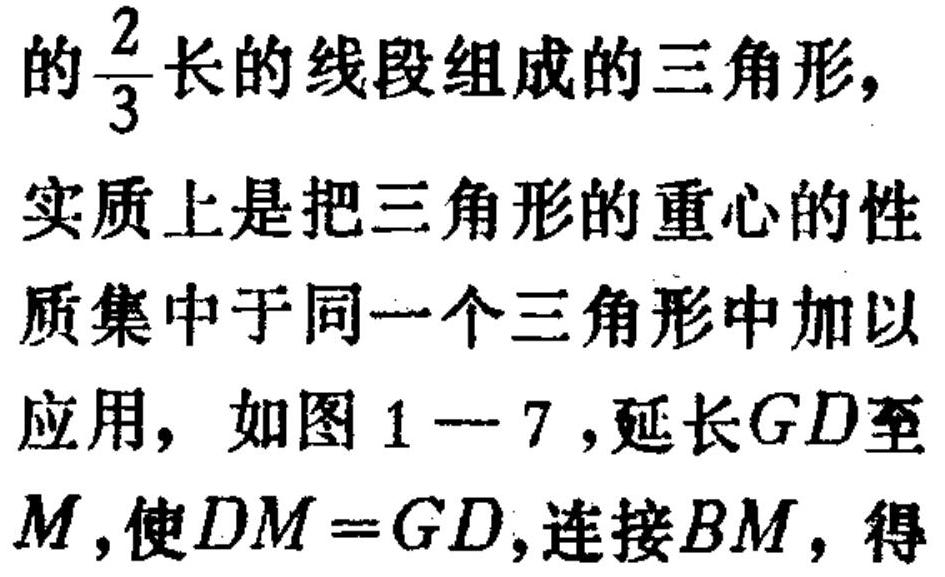
的\(\frac{2}{3}\)长的线段组成的三角形，
实质上是把三角形的重心的性
质集中于同一个三角形中加以
应用，如图\(1 - 7\)，延长\(GD\)至
\(M\)，使\(DM = GD\)，连接\(BM\)，得